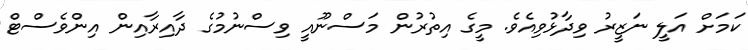
ކަމަށް އަލީ ނަޒީރު ވިދާޅުވިއެވެ. މީގެ އިތުރުން މަސްނޫއީ ވިސްނުމުގެ ދާއިރާއިން އިންވެސްޓް